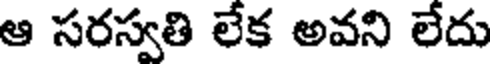
ఆ సరస్వతి లేక అవని లేదు